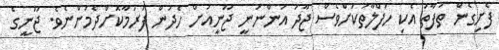
ފެށިގެން ތަފާތު އެކި ހަފްލާތަކަށްވެސް ޖާދު އަންނަނީ ޖޫނީއަށް ހެދުން ފަރުމާކޮށްދެމުންނެވެ. ޖޫނީގެ